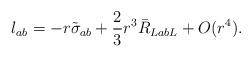
\begin{align*} l_{ab}= - r \tilde \sigma_{ab} +\frac{2}{3}r^3\bar R_{Lab L}+ O(r^4). \end{align*}